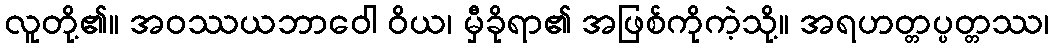
လူတို့၏။ အဝဿယဘာဝေါ ဝိယ၊ မှီခိုရာ၏ အဖြစ်ကိုကဲ့သို့။ အရဟတ္တပ္ပတ္တဿ၊